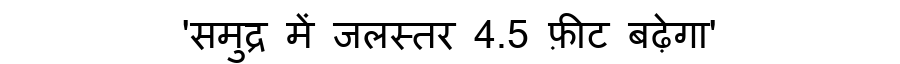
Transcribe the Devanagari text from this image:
'समुद्र में जलस्तर 4.5 फ़ीट बढ़ेगा'